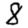
Digit: 8